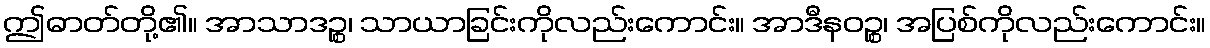
ဤဓာတ်တို့၏။ အာသာဒဉ္စ၊ သာယာခြင်းကိုလည်းကောင်း။ အာဒီနဝဉ္စ၊ အပြစ်ကိုလည်းကောင်း။